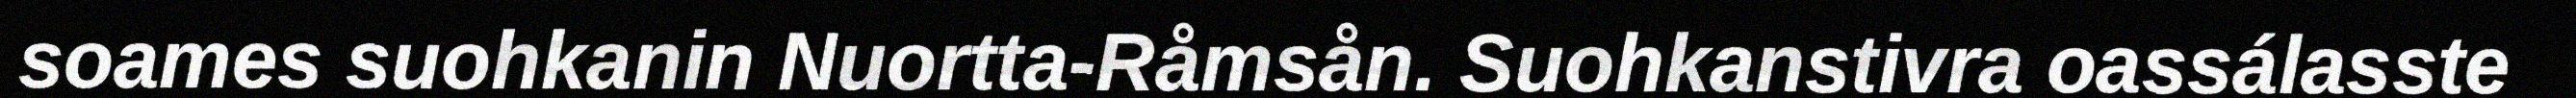
soames suohkanin Nuortta-Råmsån. Suohkanstivra oassálasste